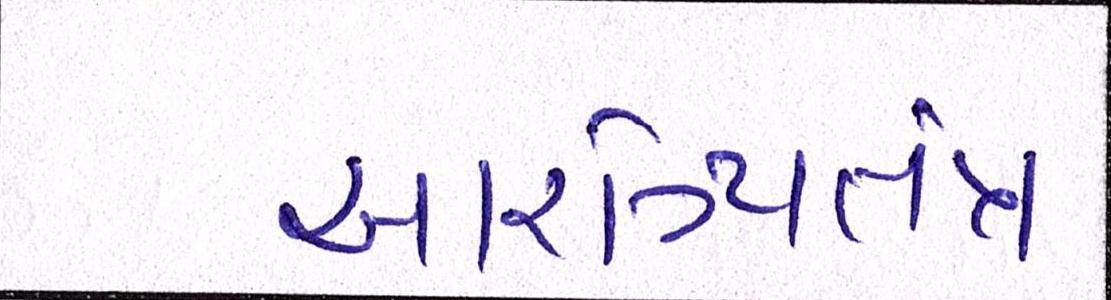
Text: આરોગ્યતંત્ર